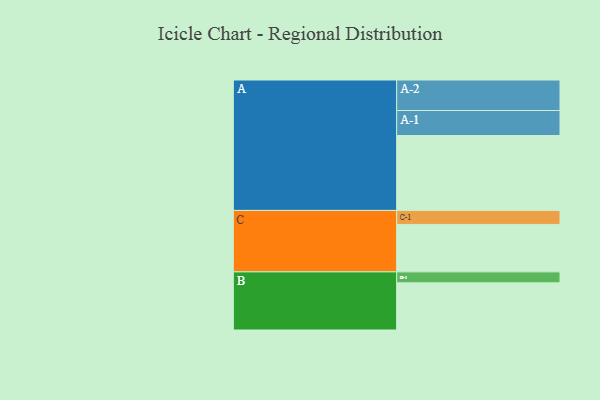
{"axis": {"x": "Segment", "y": "Value"}, "legend": ["", "A", "B", "C"], "data": [{"x": "A", "y": 545, "type": ""}, {"x": "B", "y": 343, "type": ""}, {"x": "C", "y": 345, "type": ""}, {"x": "A-1", "y": 182, "type": "A"}, {"x": "A-2", "y": 222, "type": "A"}, {"x": "B-1", "y": 80, "type": "B"}, {"x": "C-1", "y": 102, "type": "C"}]}